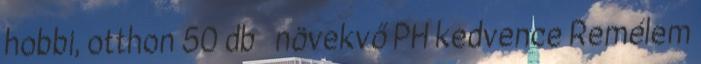
hobbi, otthon 50 db növekvő PH kedvence Remélem